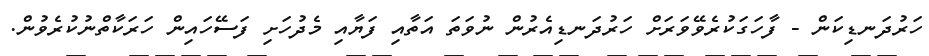
ހަރުދަނޑިކަން - ފާހަގަކުރެވޭވަރަށް ހަރުދަނޑިއެރުން ނުވަތަ އަތާއި ފަޔާއި މެދުހަށި ފަސޭހައިން ހަރަކާތްނުކުރެވުން.